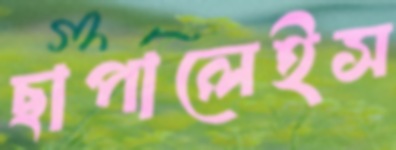
ছাপালেইস